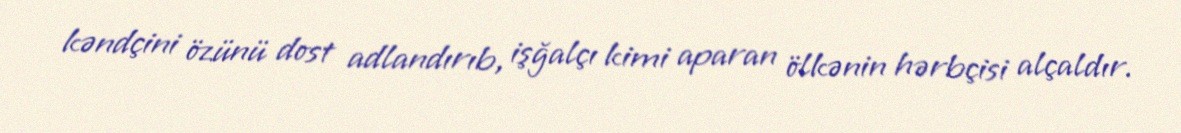
kəndçini özünü dost adlandırıb, işğalçı kimi aparan ölkənin hərbçisi alçaldır.